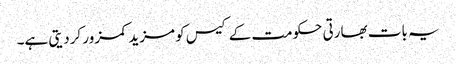
یہ بات بھارتی حکومت کے کیس کو مزید کمزور کردیتی ہے۔